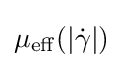
\mu _{\operatorname {eff} }(|{\dot {\gamma }}|)